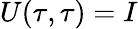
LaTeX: U(\tau,\tau)=I